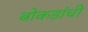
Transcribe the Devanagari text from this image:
बोकडांची